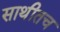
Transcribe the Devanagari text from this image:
साथीतच